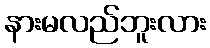
နားမလည်ဘူးလား